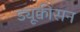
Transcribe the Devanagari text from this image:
ड्यूक्वीसन